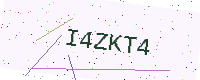
Text: I4ZKT4